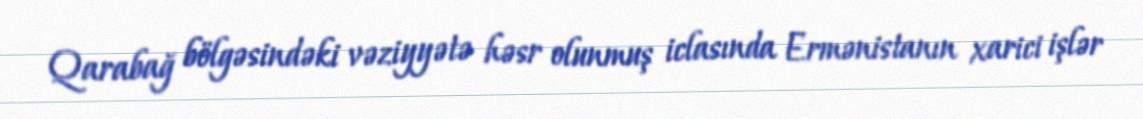
Qarabağ bölgəsindəki vəziyyətə həsr olunmuş iclasında Ermənistanın xarici işlər